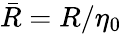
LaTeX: \bar{R}=R/\eta_{0}